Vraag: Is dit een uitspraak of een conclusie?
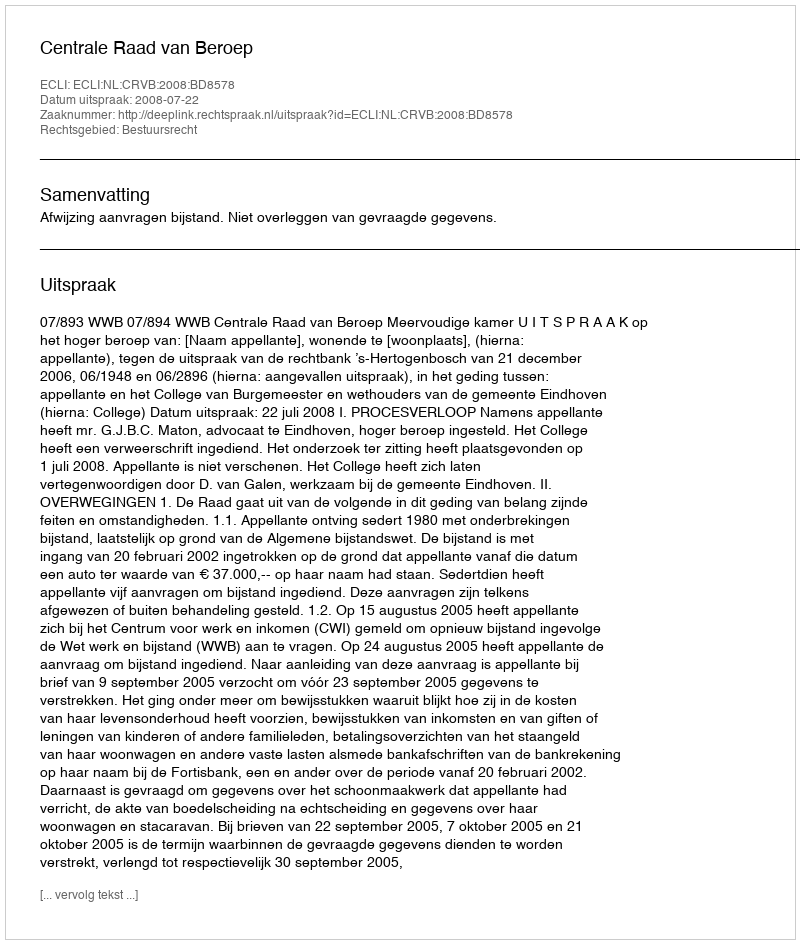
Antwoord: Uitspraak